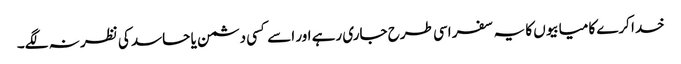
خدا کرے کامیابیوں کا یہ سفر اسی طرح جاری رہے اور اسے کسی دشمن یا حاسد کی نظر نہ لگے۔